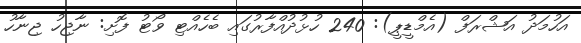
އަހުމަދު އަޝްރަފް (އެމްޑީޕީ): 240 ހުޅުދުއްފާރުގައި ބެހެއްޓި ވޯޓު ފޮށި: ނާޖިހު ޖިނާހު